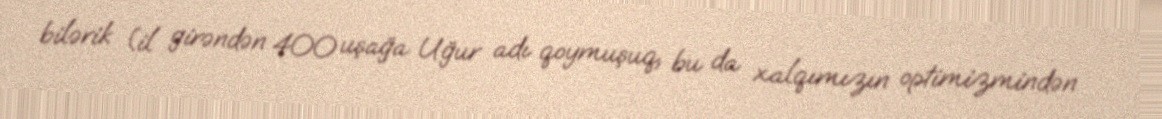
bilərik (il girəndən 400 uşağa Uğur adı qoymuşuq, bu da xalqımızın optimizmindən